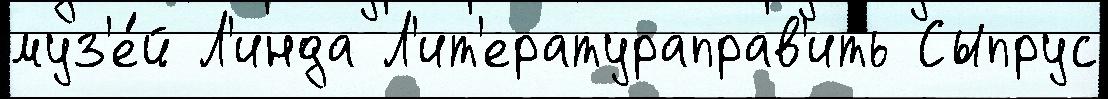
муз'е́й Л'инда Л'ит'ератураправ'ить Сыпрус